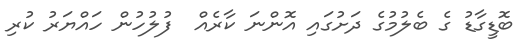
ބޮޑީގާޑު ގެ ބެލުމުގެ ދަށުގައި އޮންނަ ކާރެއް  ފުލުހުން ހައްޔަރު ކުރި